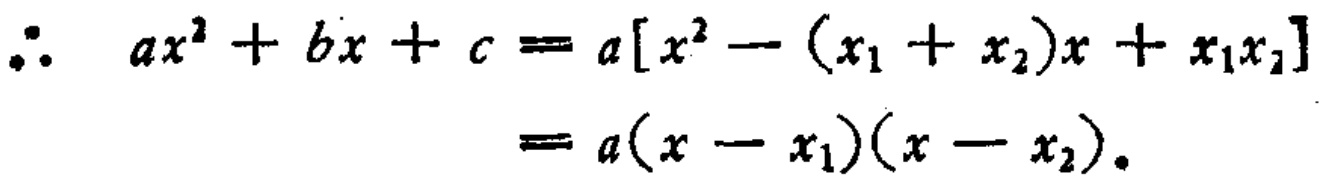
\[\therefore\ ax^{2}+bx + c=a[x^{2}-(x_{1}+x_{2})x + x_{1}x_{2}]=a(x - x_{1})(x - x_{2}).\]